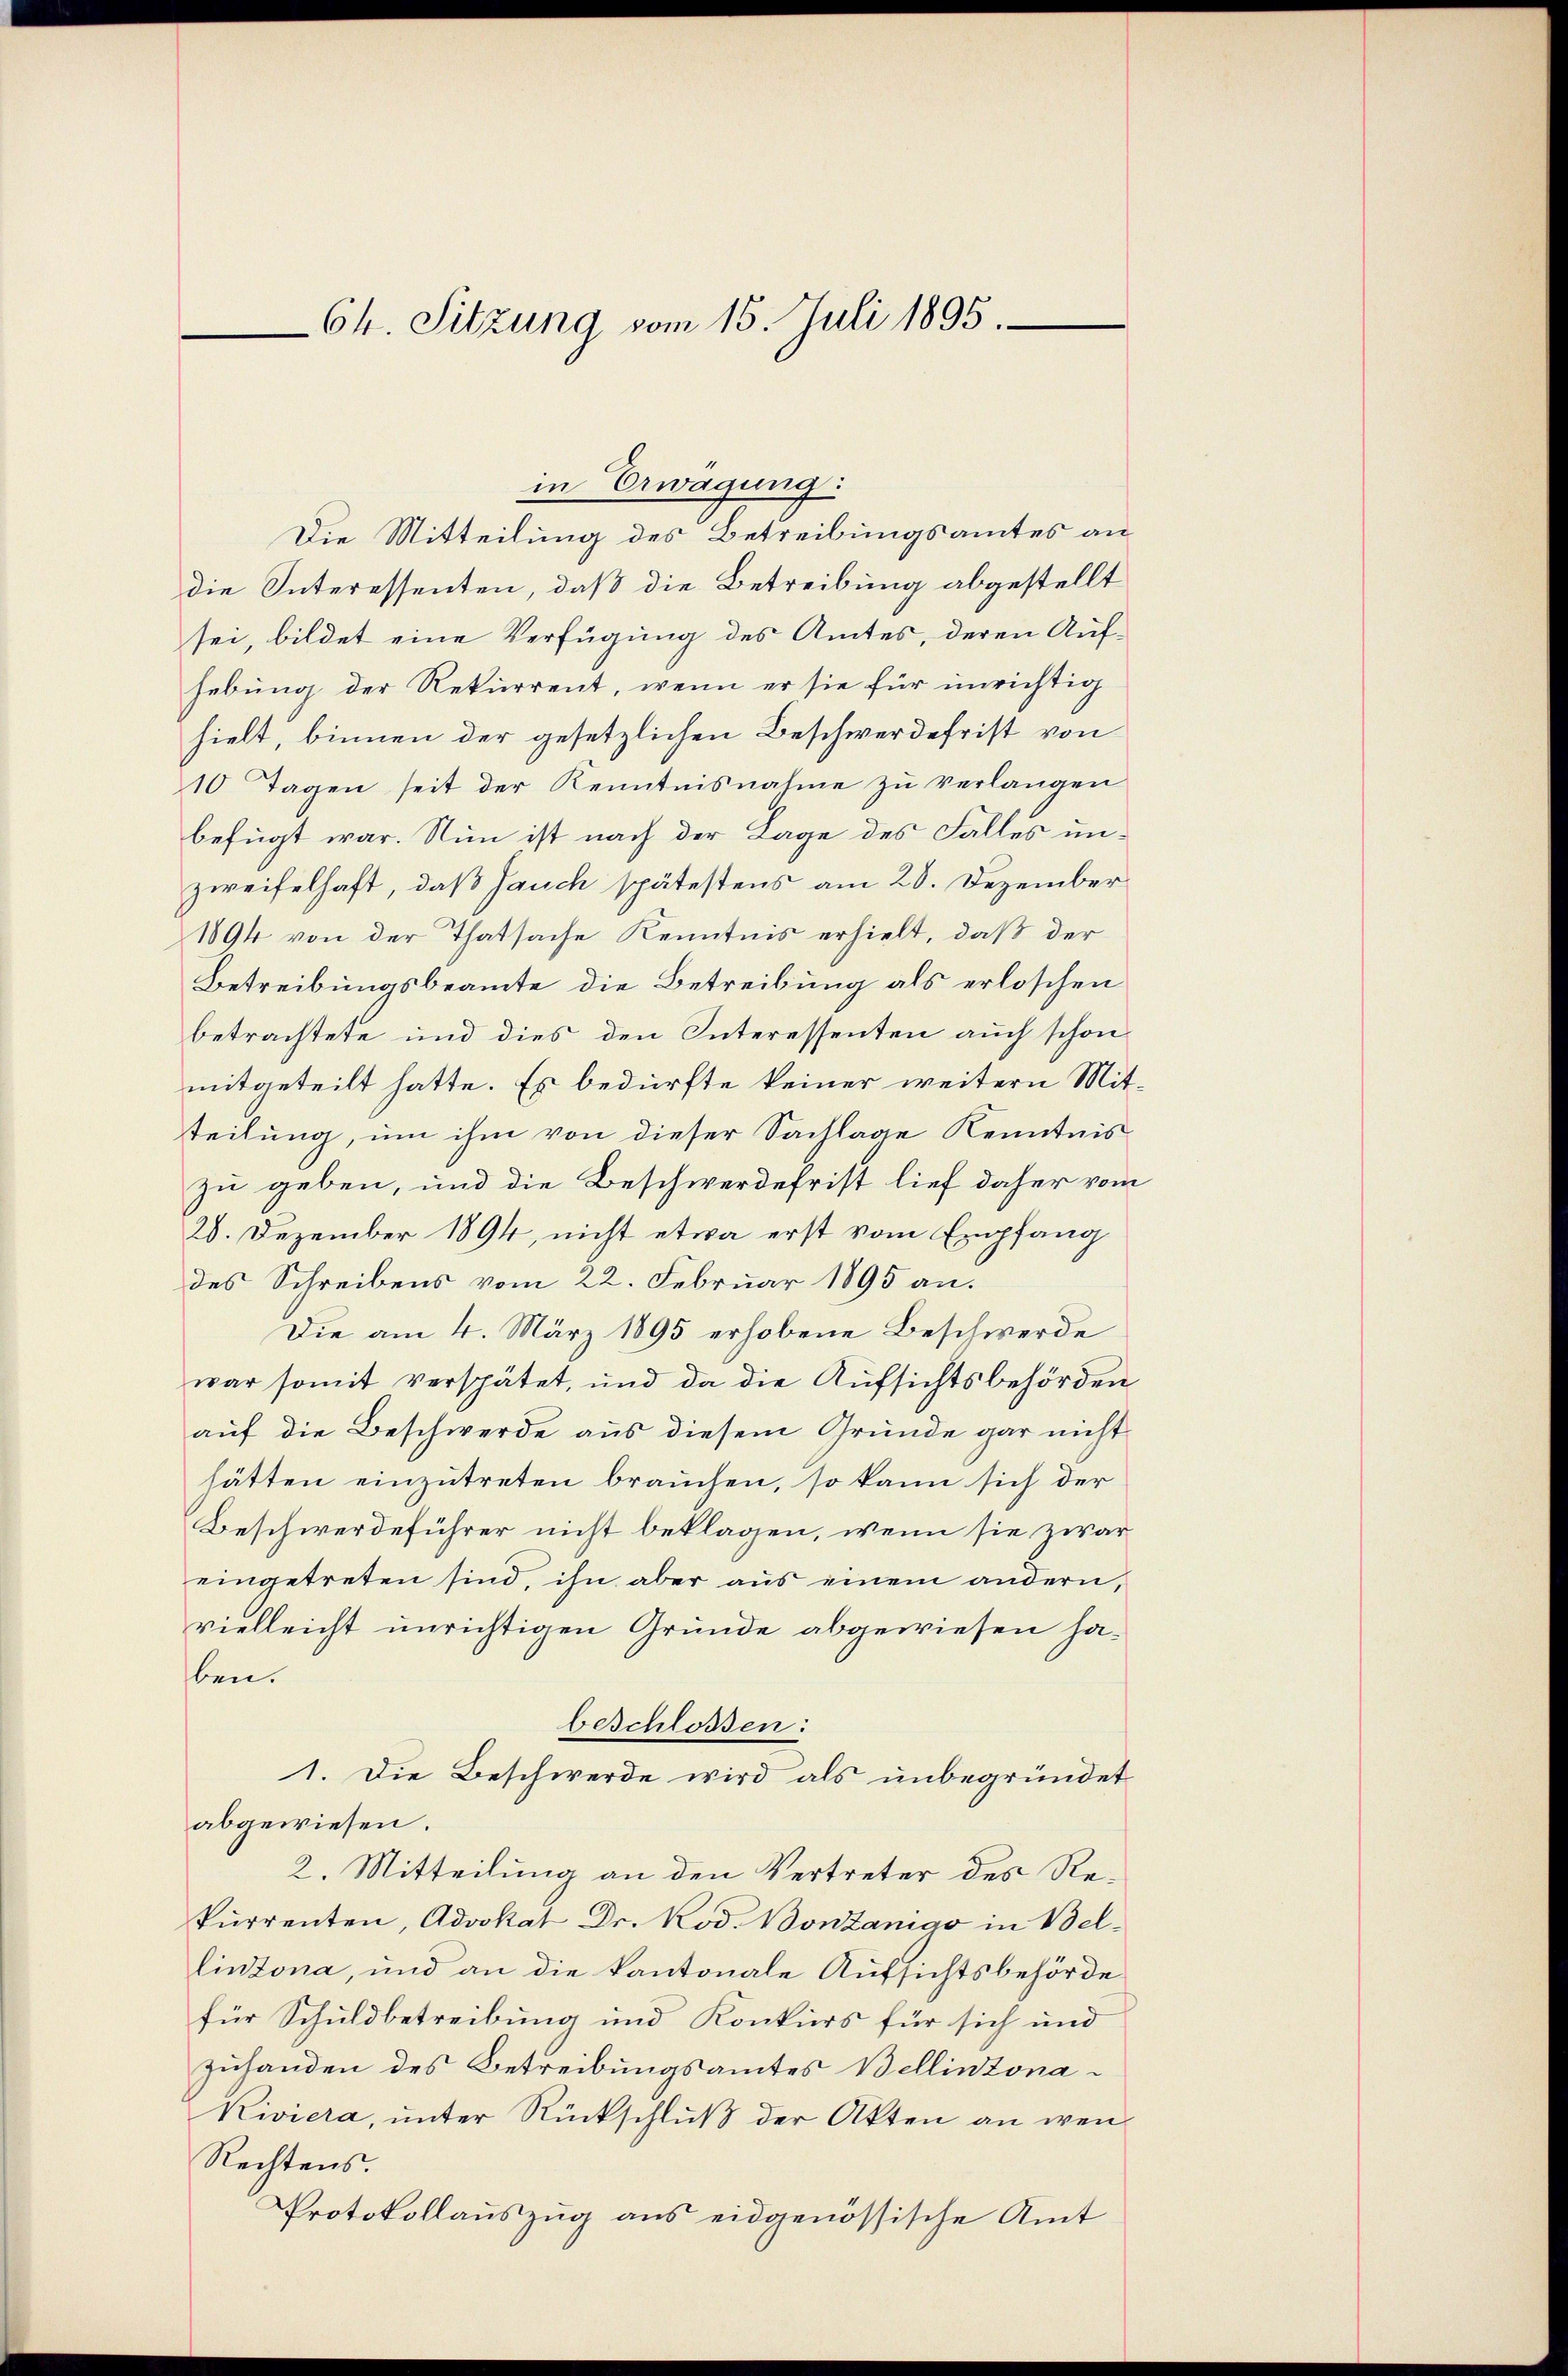
Ch. Sitzung vom 15. Juli 1895.

Die Mitteilung des Betreibungsamtes an
die Interessenten, daß die Betreibung abgestellt
sei, bildet eine Verfügung des Amtes, deren Aufhebung der Rekurrent, wenn er sie für unrichtig
hielt, binnen der gesetzlichen Beschwerdefrist von
10 Tagen seit der Kenntnisnahme zu verlangen
befügt war. Nun ist nach der Lage des Falles unzweifelhaft, daß Jauch spätestens am 28. Dezember
1894 von der Thatsache Kenntnis erhielt, daß der
Betreibungsbeamte die Betreibung als erloschen
betrachtete und dies den Interessenten auch schon
mitgeteilt hatte. Es bedürfte keiner weitern Mitteilung, um ihm von dieser Sachlage Kenntnis
zu geben, und die Beschwerdefrist lief daher vom
20. Dezember 1894, nicht etwa erst vom Empfang
des Schreibens vom 22. Februar 1895 an.
Die am 4. März 1895 erhobene Beschwerde
war somit verspätet, und da die Aufsichtsbehörden
auf die Beschwerde aus diesem Grunde gar nicht
hätten einzutreten brauchen, so kann sich der
Beschwerdeführer nicht beklagen, wenn sie zwar
eingetreten sind, ihn aber aus einem andern,
vielleicht unrichtigen Gründe abgewiesen haben.
beschlossen:
1. Die Beschwerde wird als unbegründet
abgewiesen.
2. Mitteilung an den Vertreter des Rekurrenten, Advokat Dr. Rod. Bonzanigo in Bellinzona, und an die kantonale Aufsichtsbehörde
für Schuldbetreibung und Konkurs für sich und
zuhanden des Betreibungsamtes Bellinzona¬
Kiviera, ŭnter Rückschlŭβ der Akten an wen
Rechtens.
Protokollauszug aus eidgenössische Amt

in Erwägung: